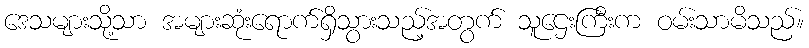
ဒေသများသို့သာ အများဆုံးရောက်ရှိသွားသည့်အတွက် သူဌေးကြီးက ဝမ်းသာမိသည်။